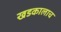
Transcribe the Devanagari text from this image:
खडकालाच